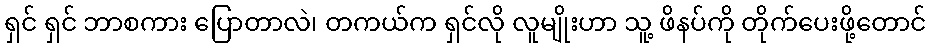
ရှင် ရှင် ဘာစကား ပြောတာလဲ၊ တကယ်က ရှင်လို လူမျိုးဟာ သူ့ ဖိနပ်ကို တိုက်ပေးဖို့တောင်